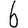
Digit: 6